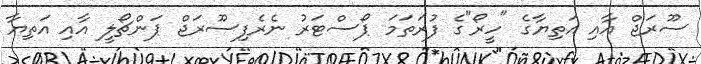
ސޫރަޖް އާއި އަތިޔާގެ "ހީރޯ"ގެ ފުރަތަމަ ޕޯސްޓަރު ނެރެފިސޫރަޖް ޕަންޗޯލީ އާއި އަތިޔާ